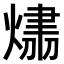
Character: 𤌛